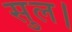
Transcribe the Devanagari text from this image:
सुल।